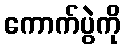
ကောက်ပွဲကို